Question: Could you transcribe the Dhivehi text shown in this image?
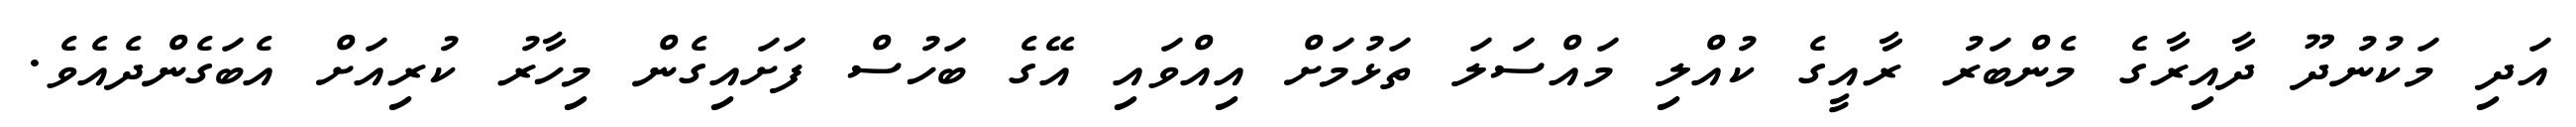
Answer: އަދި މަކުނުދޫ ދާއިރާގެ މެންބަރު ރާއީގެ ކުއްލި މައްސަލަ ތަޅުމަށް އިއްވައި އޭގެ ބަހުސް ފަށައިގެން މިހާރު ކުރިއަށް އެބަގެންދެއެވެ.